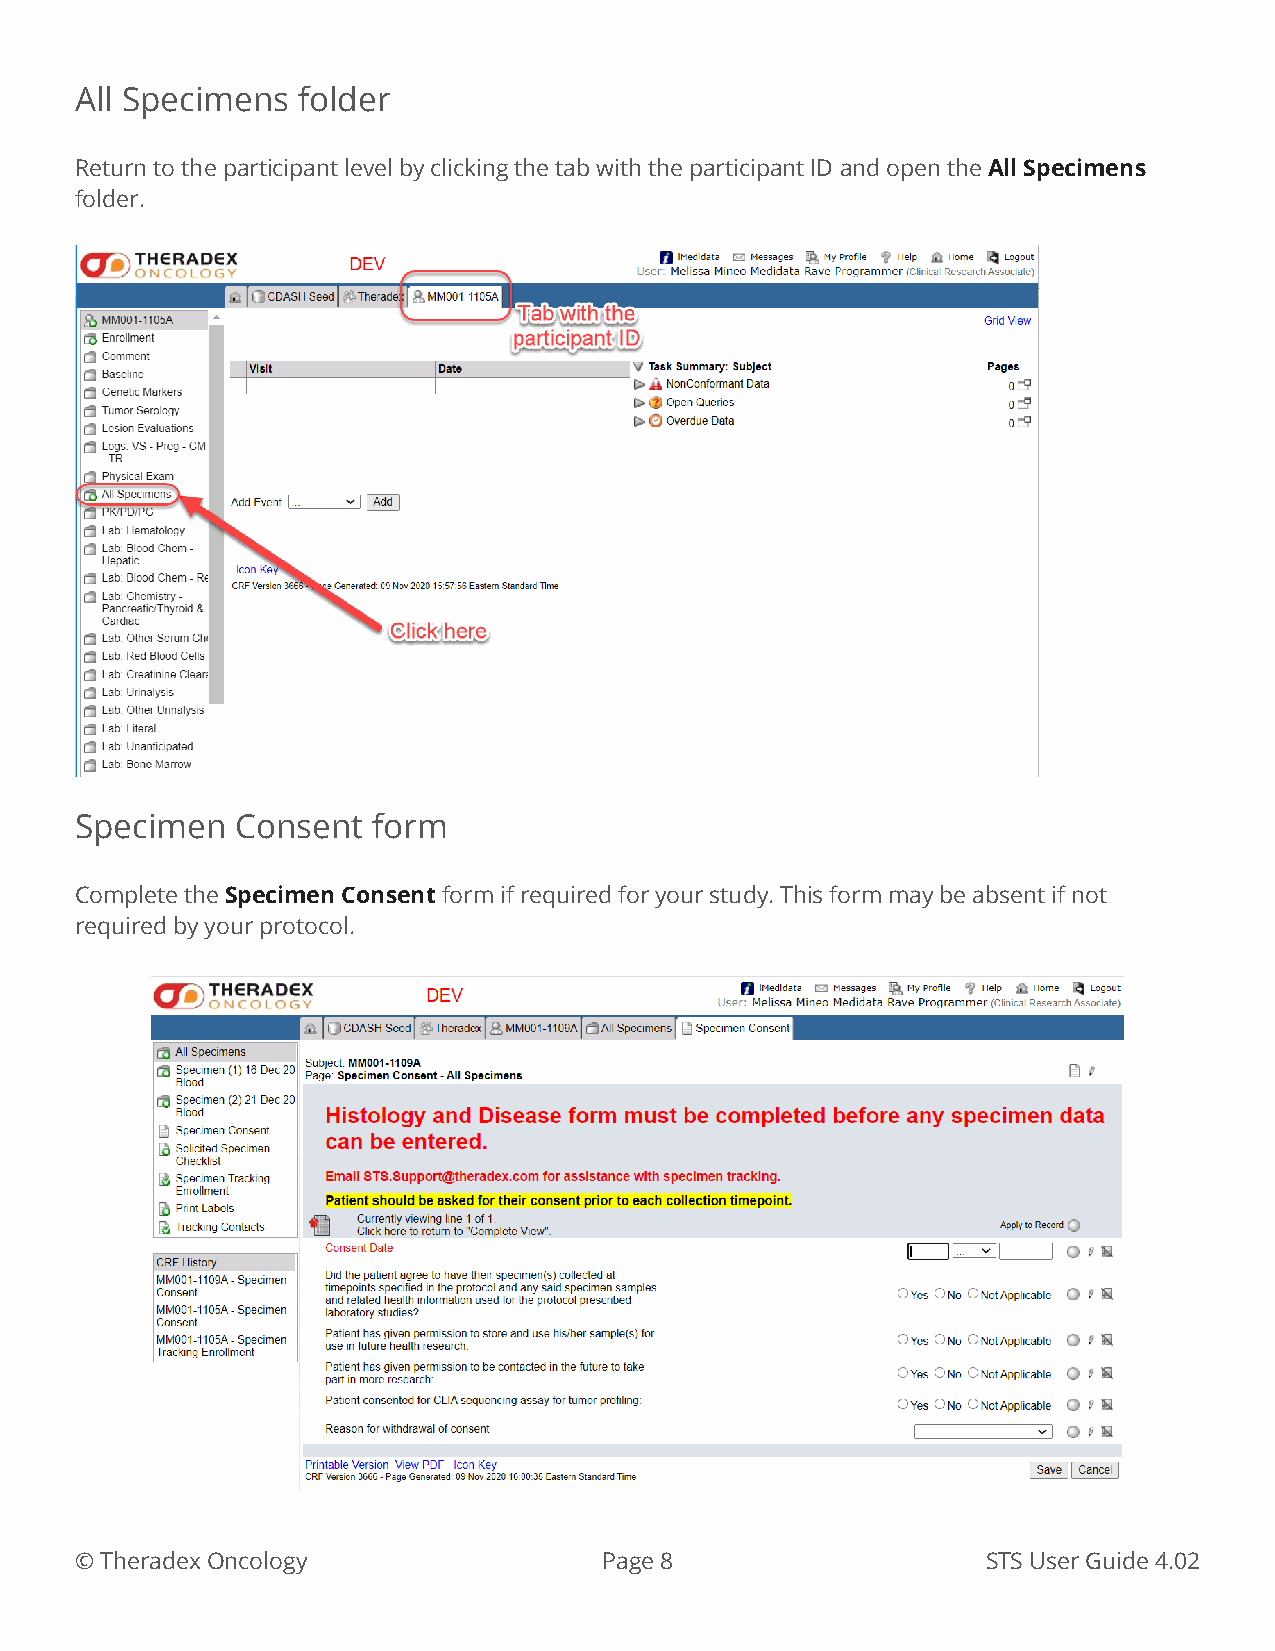
All Specimens  folder
 Return to the participant level by clicking the tab with the participant ID and open the All Specimens
 folder.
 Specimen   Consent  form
 Complete the Specimen Consent form if required for your study. This form may be absent if not
 required by your protocol.
 © Theradex Oncology                Page 8                   STS User Guide 4.02